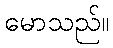
မောသည်။